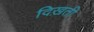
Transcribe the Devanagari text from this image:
दिख़ती